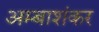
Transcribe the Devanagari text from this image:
अम्बाशंकर